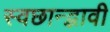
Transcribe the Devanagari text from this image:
स्वछान्द्भावी